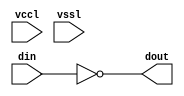
// This program was cloned from: https://github.com/intel/aib-phy-hardware
// License: Apache License 2.0

// SPDX-License-Identifier: Apache-2.0
// Copyright (C) 2019 Intel Corporation. All rights reserved


module aibnd_inv_split_align ( din, dout, vccl, vssl );

  input din;
  output dout;
  input vssl;
  input vccl;


  assign dout = ~din ;

endmodule